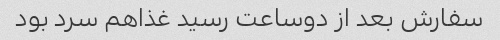
سفارش بعد از دوساعت رسید غذاهم سرد بود